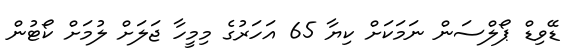
ޑޭވިޑް ޕޯލްސަން ނަމަކަށް ކިޔާ 65 އަހަރުގެ މިމީހާ ޖަލަށް ލުމަށް ކޯޓުން